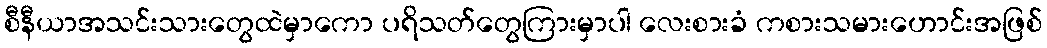
စီနီယာအသင်းသားတွေထဲမှာကော ပရိသတ်တွေကြားမှာပါ လေးစားခံ ကစားသမားဟောင်းအဖြစ်